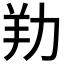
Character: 劷